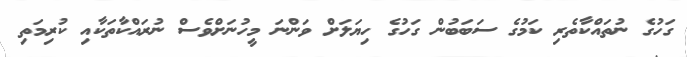
ގަހުގެ ނުތައްކާތެރި ކަމުގެ ސަބަބުން ގަހުގެ ހިޔަލަށް ވަންނަ މީހުނަށްވެސް ނުރައްކާތަކާއި ކުރިމަތި